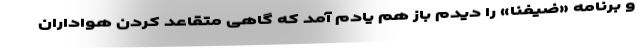
و برنامه «ضیفنا» را دیدم باز هم یادم آمد که گاهی متقاعد کردن هواداران